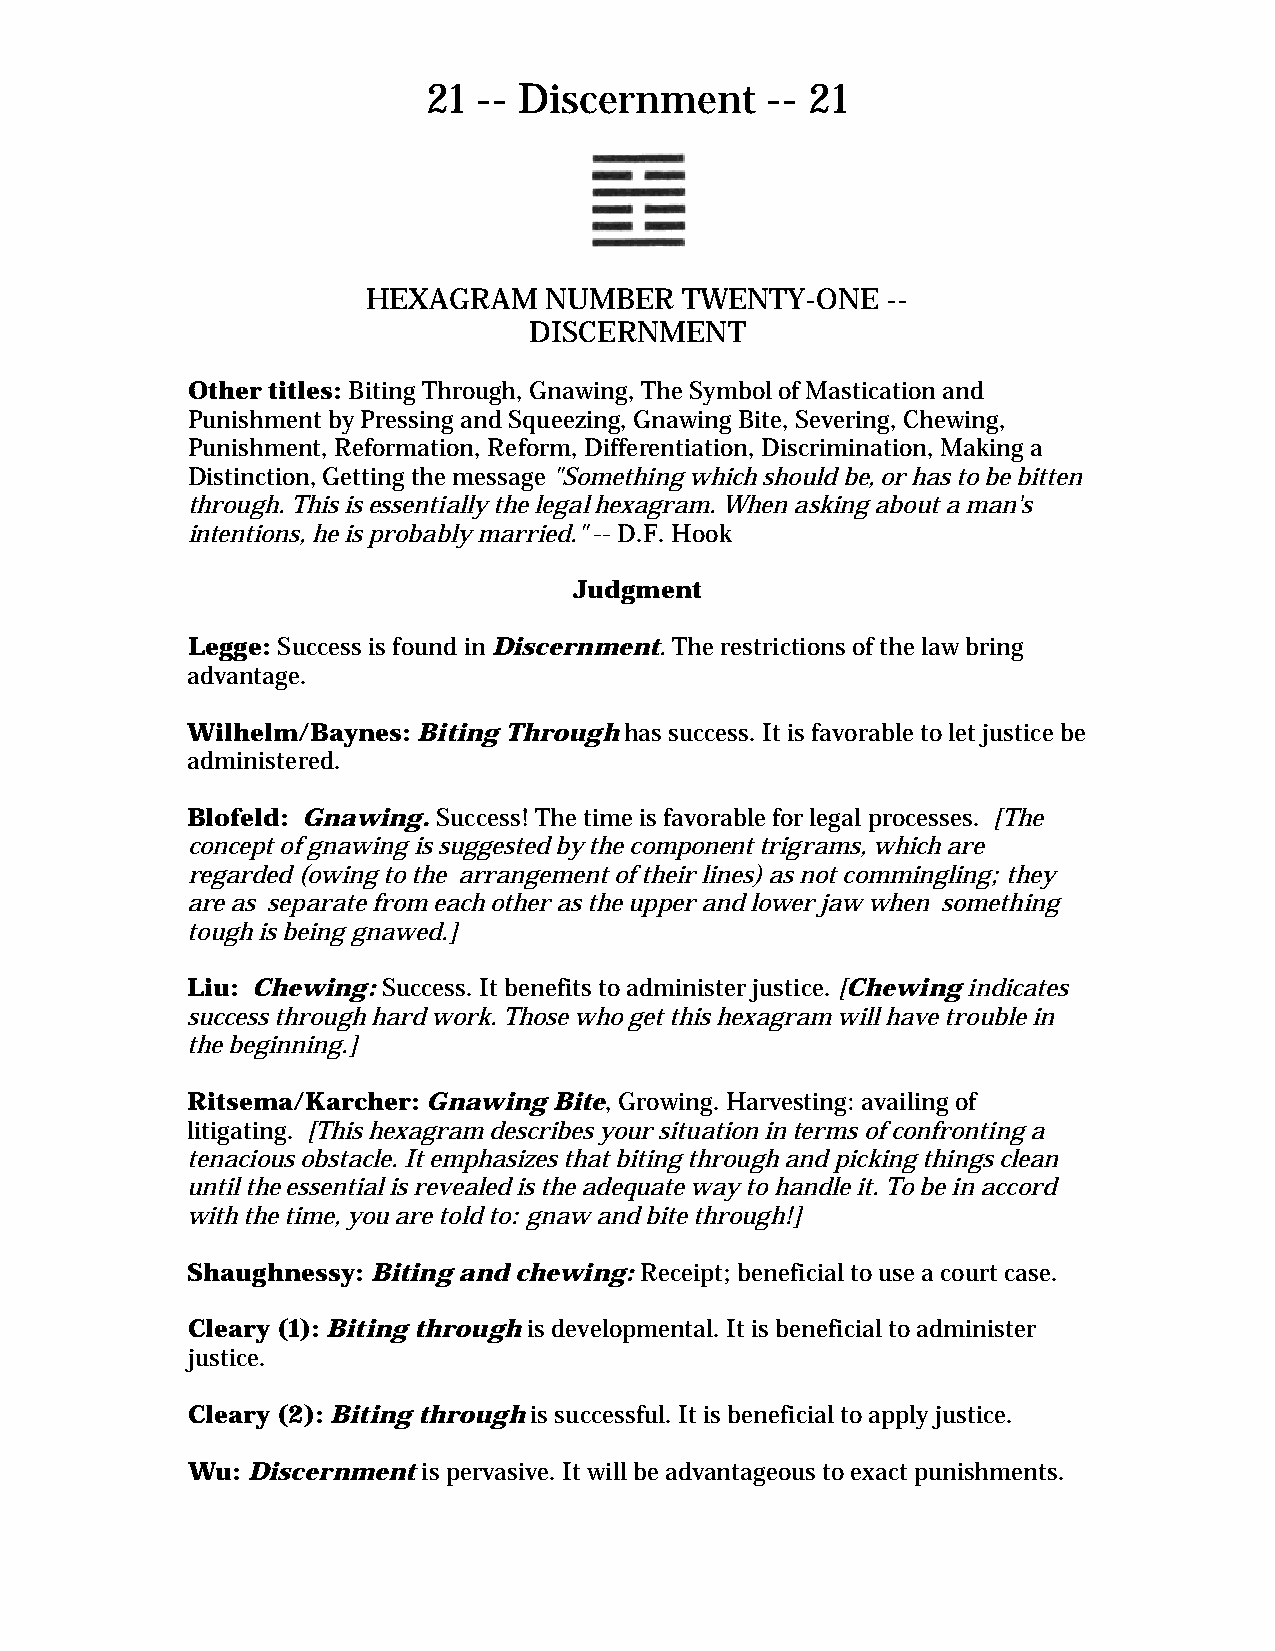
21  -- Discernment     -- 21
 HEXAGRAM    NUMBER   TWENTY-ONE    --
 DISCERNMENT
 Other titles: Biting Through, Gnawing, The Symbol of Mastication and
 Punishment by Pressing and Squeezing, Gnawing Bite, Severing, Chewing,
 Punishment, Reformation, Reform, Differentiation, Discrimination, Making a
 Distinction, Getting the message "Something which should be, or has to be bitten
 through. This is essentially the legal hexagram. When asking about a man's
 intentions, he is probably married." -- D.F. Hook
 Judgment
 Legge: Success is found in Discernment. The restrictions of the law bring
 advantage.
 Wilhelm/Baynes: Biting Through has success. It is favorable to let justice be
 administered.
 Blofeld: Gnawing. Success! The time is favorable for legal processes. [The
 concept of gnawing is suggested by the component trigrams, which are
 regarded (owing to the arrangement of their lines) as not commingling; they
 are as separate from each other as the upper and lower jaw when something
 tough is being gnawed.]
 Liu: Chewing: Success. It benefits to administer justice. [Chewing indicates
 success through hard work. Those who get this hexagram will have trouble in
 the beginning.]
 Ritsema/Karcher: Gnawing Bite, Growing. Harvesting: availing of
 litigating. [This hexagram describes your situation in terms of confronting a
 tenacious obstacle. It emphasizes that biting through and picking things clean
 until the essential is revealed is the adequate way to handle it. To be in accord
 with the time, you are told to: gnaw and bite through!]
 Shaughnessy: Biting and chewing: Receipt; beneficial to use a court case.
 Cleary (1): Biting through is developmental. It is beneficial to administer
 justice.
 Cleary (2): Biting through is successful. It is beneficial to apply justice.
 Wu: Discernment is pervasive. It will be advantageous to exact punishments.